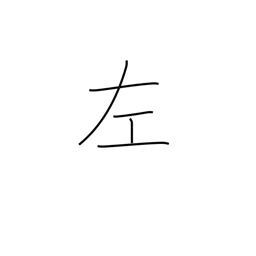
Meaning: left